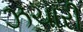
ઝચારી